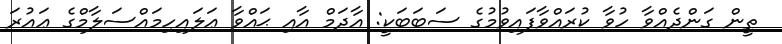
ތީން ގަންދެއްވާ ހުވާ ކުރައްވާފައިވުމުގެ ސަބަބަކީ: އާދަމް އާއި ޙައްވާ ޢަލައިހިމައްސަލާމްގެ ޢައުރަ